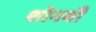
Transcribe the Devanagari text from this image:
शोनबी